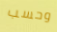
وحسب